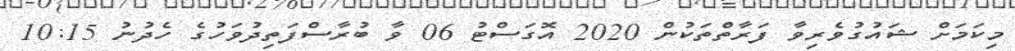
މިކަމަށް ޝައުގުވެރިވާ ފަރާތްތަކުން 2020 އޮގަސްޓު 06 ވާ ބުރާސްފަތިދުވަހުގެ ހެދުނު 10:15